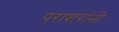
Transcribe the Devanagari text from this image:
पराशरांनी